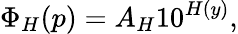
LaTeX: \Phi_{H}(p)=A_{H}10^{H(y)},